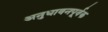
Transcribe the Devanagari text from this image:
अनुधावनपूर्वक